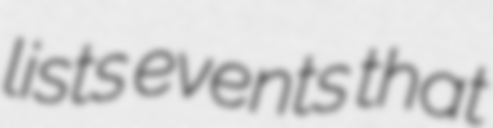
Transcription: lists events that